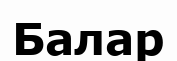
Балар